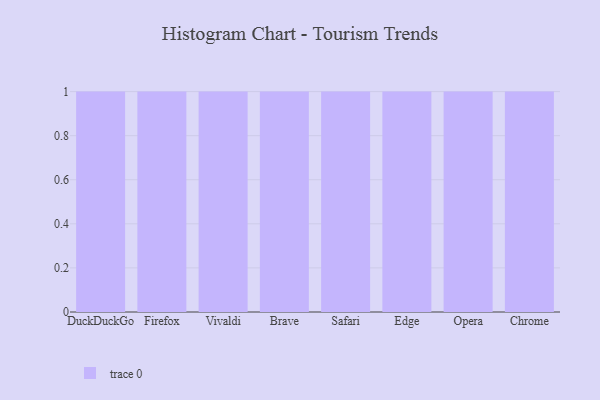
{"axis": {"x": "Browser", "y": "Budget (USD K)"}, "legend": [""], "data": [{"x": "DuckDuckGo", "y": 78, "type": ""}, {"x": "Firefox", "y": 18, "type": ""}, {"x": "Vivaldi", "y": 24, "type": ""}, {"x": "Brave", "y": 22, "type": ""}, {"x": "Safari", "y": 92, "type": ""}, {"x": "Edge", "y": 60, "type": ""}, {"x": "Opera", "y": 70, "type": ""}, {"x": "Chrome", "y": 33, "type": ""}]}